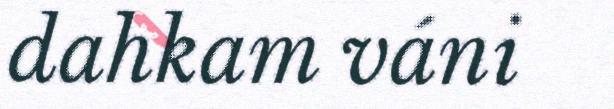
dahkam váni